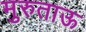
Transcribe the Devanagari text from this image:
मुरुताऊ